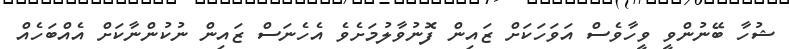
ޝުހާ ބޭނުންވީ ވީހާވެސް އަވަހަކަށް ޒައިން ފޮނުވާލުމަށެވެ އެހެނަސް ޒައިން ނުކުންނާކަށް އެއްބަހެއް